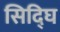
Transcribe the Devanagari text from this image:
सिद्घि